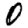
Digit: 0